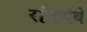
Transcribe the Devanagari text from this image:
रांचयेथे